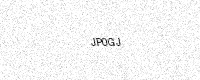
Text: JP0GJ